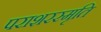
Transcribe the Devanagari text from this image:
पराशरस्मृति